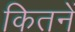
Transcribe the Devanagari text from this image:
कितनें